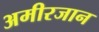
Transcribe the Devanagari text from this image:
अमीरजान